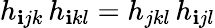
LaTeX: h_{\mathbf{i}jk}\, h_{\mathbf{i}kl}=h_{jkl}\, h_{\mathbf{i}jl}